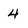
Character: 4